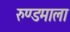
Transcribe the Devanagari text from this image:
रुण्डमाला